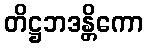
တိဋ္ဌဘဒန္တိကော